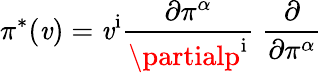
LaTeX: \pi^{*}(\mathit{v})=\mathit{v}^{\mathrm{{i}}}{\frac{{\partial\pi^{\alpha}}}{{\partialp^{\mathrm{{i}}}}}}\; {\frac{{\partial}}{{\partial\pi^{\alpha}}}}